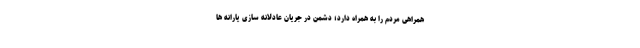
همراهی مردم را به همراه دارد؛ دشمن در جریان عادلانه سازی یارانه ها